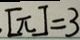
[ \pi ] = 3